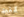
كنت